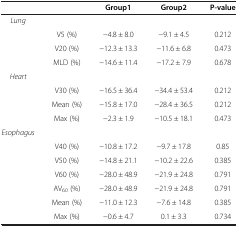
<table><thead><tr><td><b> </b></td><td><b> </b></td><td><b>Group1</b></td><td><b>Group2</b></td><td><b>P-value</b></td></tr></thead><tbody><tr><td><i>Lung</i></td><td> </td><td> </td><td> </td><td> </td></tr><tr><td> </td><td>V5 (%)</td><td>−4.8 ± 8.0</td><td>−9.1 ± 4.5</td><td>0.212</td></tr><tr><td> </td><td>V20 (%)</td><td>−12.3 ± 13.3</td><td>−11.6 ± 6.8</td><td>0.473</td></tr><tr><td> </td><td>MLD (%)</td><td>−14.6 ± 11.4</td><td>−17.2 ± 7.9</td><td>0.678</td></tr><tr><td><i>Heart</i></td><td> </td><td> </td><td> </td><td> </td></tr><tr><td> </td><td>V30 (%)</td><td>−16.5 ± 36.4</td><td>−34.4 ± 53.4</td><td>0.212</td></tr><tr><td> </td><td>Mean (%)</td><td>−15.8 ± 17.0</td><td>−28.4 ± 36.5</td><td>0.212</td></tr><tr><td> </td><td>Max (%)</td><td>−2.3 ± 1.9</td><td>−10.5 ± 18.1</td><td>0.473</td></tr><tr><td><i>Esophagus</i></td><td> </td><td> </td><td> </td><td> </td></tr><tr><td> </td><td>V40 (%)</td><td>−10.8 ± 17.2</td><td>−9.7 ± 17.8</td><td>0.85</td></tr><tr><td> </td><td>V50 (%)</td><td>−14.8 ± 21.1</td><td>−10.2 ± 22.6</td><td>0.385</td></tr><tr><td> </td><td>V60 (%)</td><td>−28.0 ± 48.9</td><td>−21.9 ± 24.8</td><td>0.791</td></tr><tr><td> </td><td>AV<sub>60</sub> (%)</td><td>−28.0 ± 48.9</td><td>−21.9 ± 24.8</td><td>0.791</td></tr><tr><td> </td><td>Mean (%)</td><td>−11.0 ± 12.3</td><td>−7.6 ± 14.8</td><td>0.385</td></tr><tr><td> </td><td>Max (%)</td><td>−0.6 ± 4.7</td><td>0.1 ± 3.3</td><td>0.734</td></tr></tbody></table>